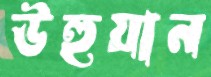
উহুয়ান